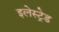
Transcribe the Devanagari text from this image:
इलेस्ट्रेड